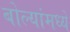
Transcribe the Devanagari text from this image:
बोल्यांमध्ये